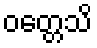
ဝတ္တေသိ